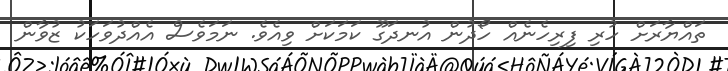
ތައްޔާރަށް ހުރި ފިރިހެނެއް ހޯދުން އުނދަގޫ ކަމަކަށް ވިއެވެ. ނަމަވެސް އެއްދުވަހަކު ޒުވާން